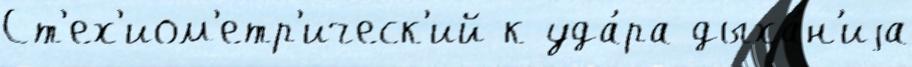
Ст'ех'иом'етр'ическ'ий к уда́ра дыха́н'иjа